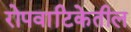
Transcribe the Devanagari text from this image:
रोपवाटिकेतील